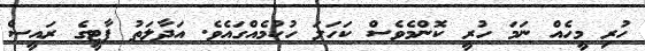
ހުރި މީހެއް ނަމަ ހުރީ ކޮންމެވެސް ކަހަލަ ހުކުމެއްގައެވެ. އަދާލަތު ޕާޓީގެ ރައީސް